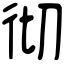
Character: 彻